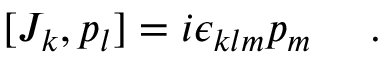
[ J _ { k } , p _ { l } ] = i \epsilon _ { k l m } p _ { m } ~ ~ ~ ~ .